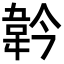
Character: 𩎖